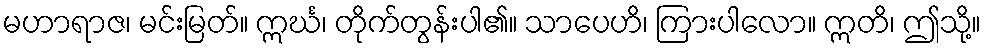
မဟာရာဇ၊ မင်းမြတ်။ ဣင်္ဃ၊ တိုက်တွန်းပါ၏။ သာပေဟိ၊ ကြားပါလော။ ဣတိ၊ ဤသို့။